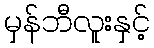
မှန်ဘီလူးနှင့်